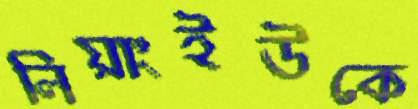
লিয়াংইউকে